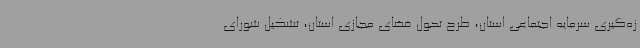
زه‌گیری سرمایه اجتماعی استان، طرح تحول فضای مجازی استان، تشکیل شورای